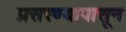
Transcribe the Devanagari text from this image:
प्रसरण्यापासून